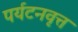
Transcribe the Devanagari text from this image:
पर्यटनवृत्त